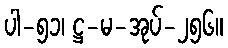
ပါ-၅၁၊ ဋ္ဌ-မ-အုပ်-၂၅၆။